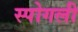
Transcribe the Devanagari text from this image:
स्पोगली